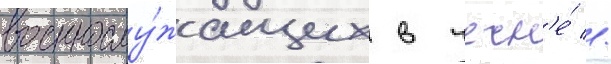
военнослу́жащих в чечн'е́ //